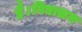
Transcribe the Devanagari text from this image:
है।विद्यालय